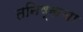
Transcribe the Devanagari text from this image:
तनिष्कचा